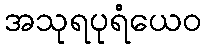
အသုရပုရံယေဝ